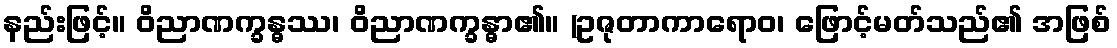
နည်းဖြင့်။ ဝိညာဏက္ခန္ဓဿ၊ ဝိညာဏက္ခန္ဓာ၏။ (ဥဇုတာကာရောဝ၊ ဖြောင့်မတ်သည်၏ အဖြစ်